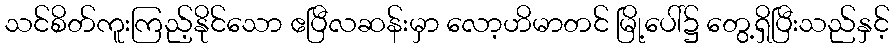
သင်စိတ်ကူးကြည့်နိုင်သော ဧပြီလဆန်းမှာ လော့ဟိမာတင် မြို့ပေါ်၌ တွေ့ရှိပြီးသည်နှင့်